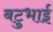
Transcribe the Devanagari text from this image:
बटुभाई